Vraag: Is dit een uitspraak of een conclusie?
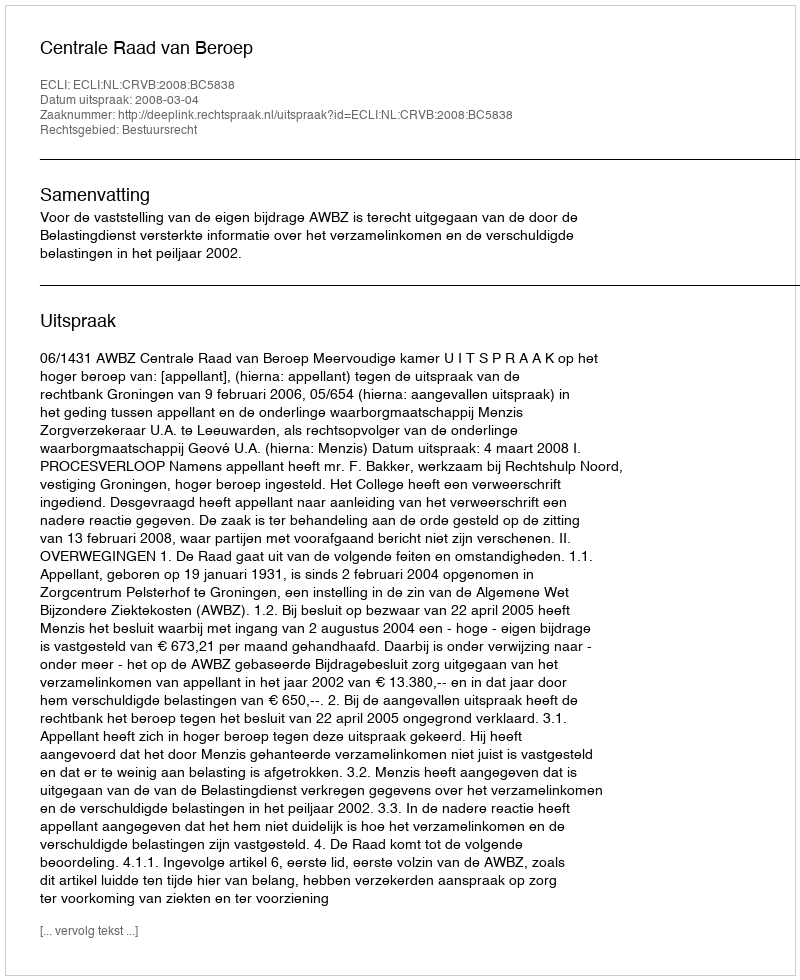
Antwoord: Uitspraak